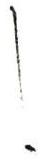
!